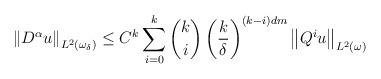
LaTeX: \begin{align*}\left\Vert D^{\alpha }u\right\Vert _{L^{2}\left( \omega _{\delta }\right)}\leq C^{k}\sum_{i=0}^{k}\binom{k}{i}\left( \frac{k}{\delta }\right)^{\left( k-i\right) dm}\left\Vert Q^{i}u\right\Vert _{L^{2}\left( \omega\right) } \end{align*}